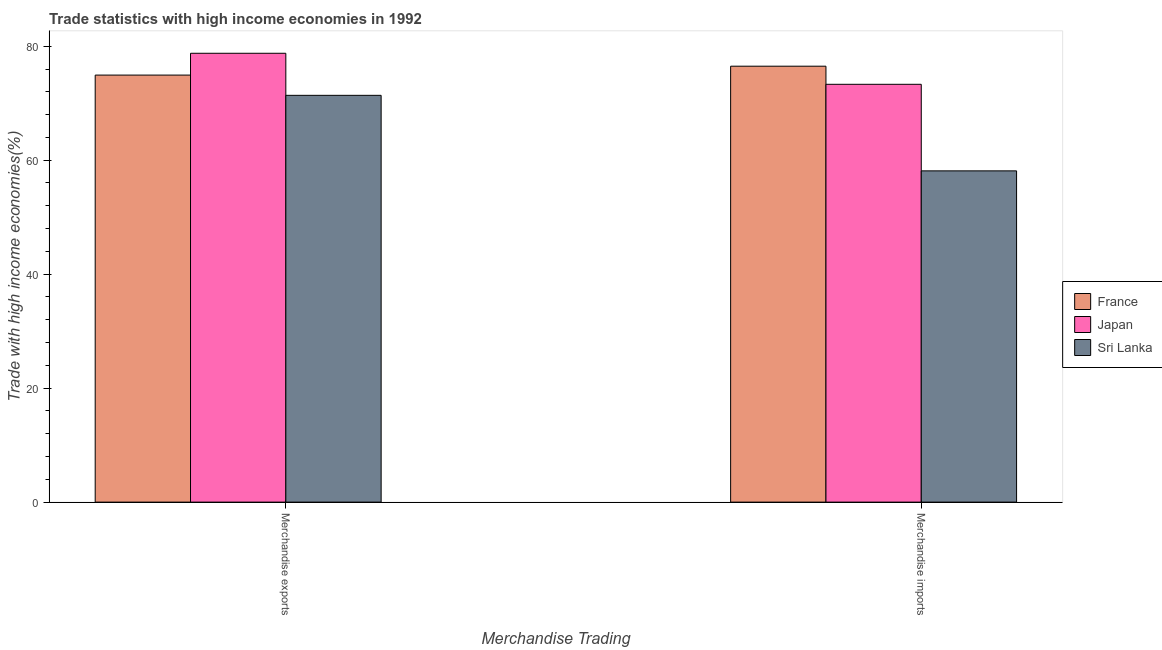
| Merchandise Trading | France | Japan | Sri Lanka |
 | --- | --- | --- | --- |
 | Merchandise exports | 74.9 | 78.8 | 71.4 |
 | Merchandise imports | 76.5 | 73.3 | 58.1 |